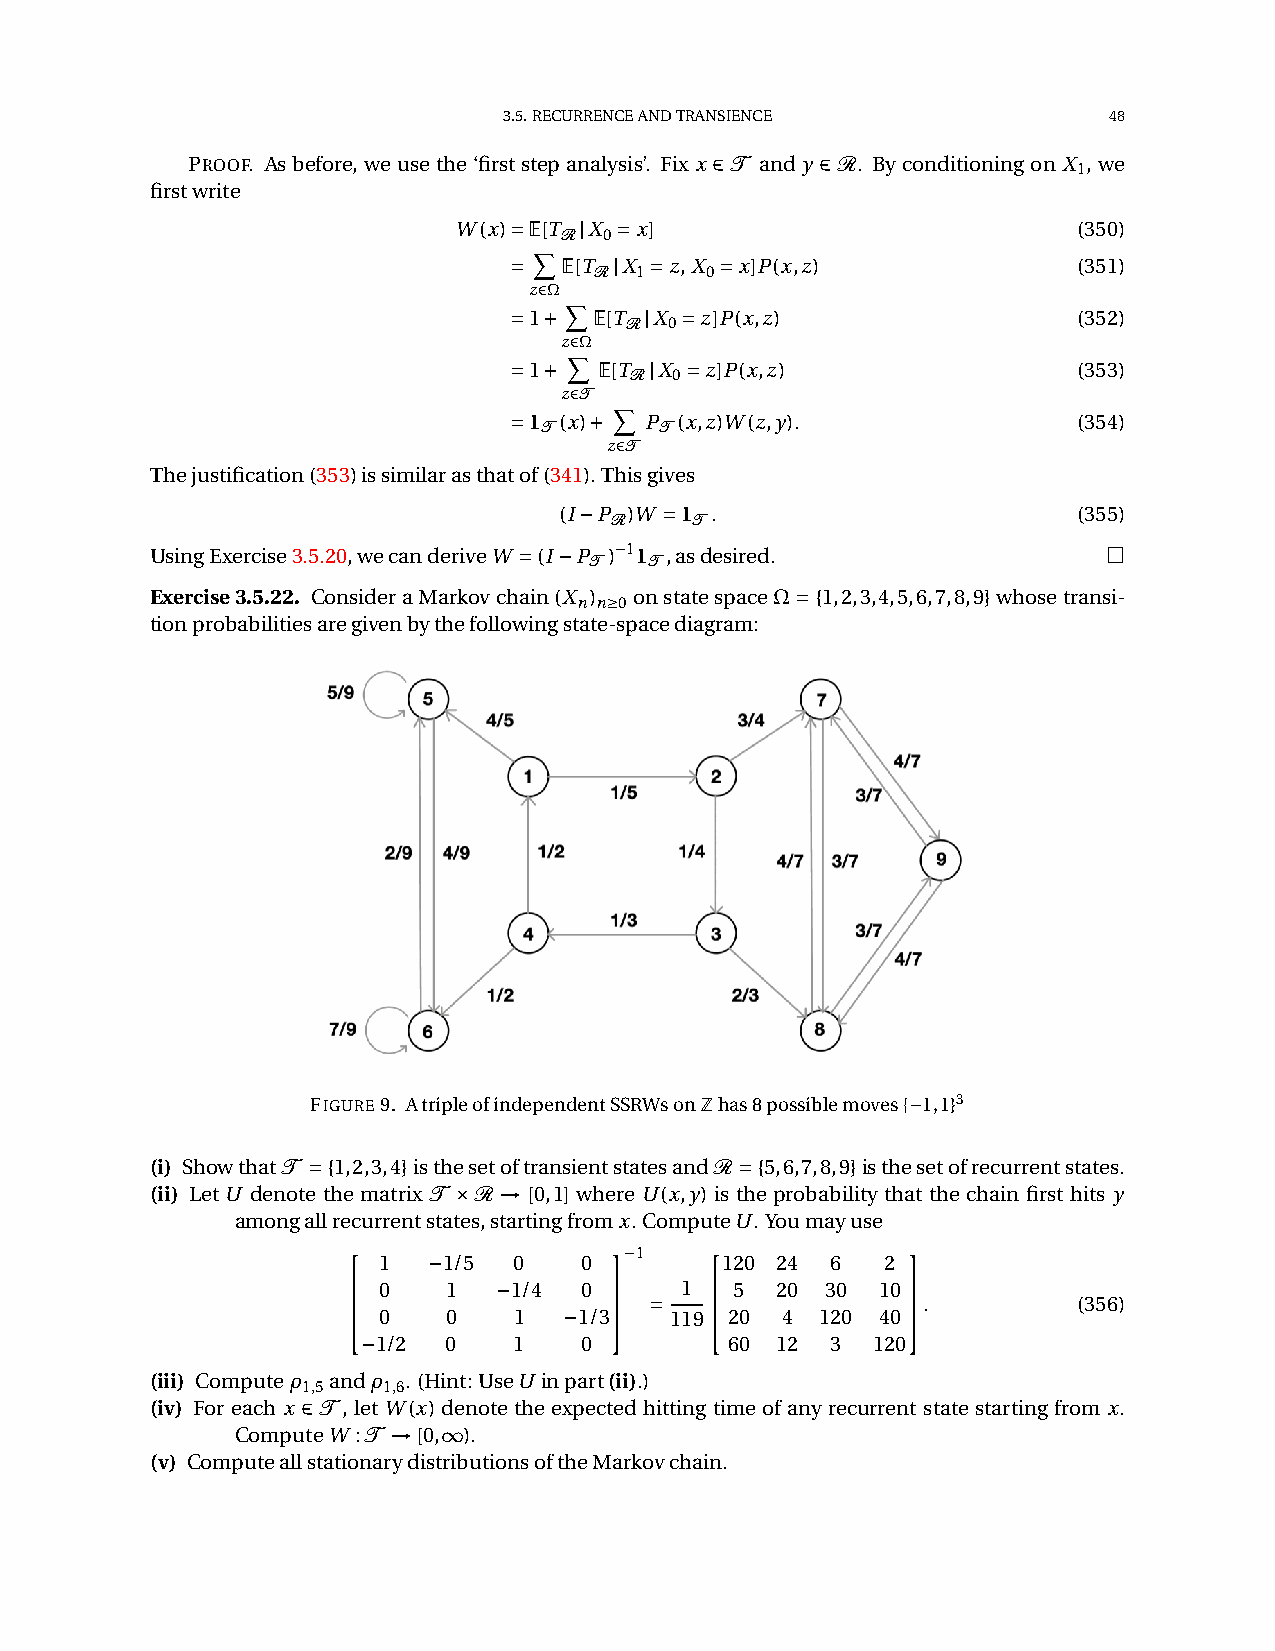
3.5.RECURRENCEANDTRANSIENCE             48
 PROOF. Asbefore, weusethe‘firststepanalysis’. Fix x 2T and y 2R. Byconditioningon X 1, we
 firstwrite
 W(x)˘E X[TRjX 0˘x]                       (350)
 ˘  E[TRjX 1˘z,X 0˘x]P(x,z)           (351)
 z2ΩX
 ˘1¯  E[TRjX 0˘z]P(x,z)               (352)
 zX2Ω
 ˘1¯   E[TRjX 0˘z]P(x,z)              (353)
 z2T X
 ˘1T(x)¯  PT(x,z)W(z,y).              (354)
 z2T
 Thejustification(353)issimilarasthatof(341).Thisgives
 (I¡PR)W ˘1T.                      (355)
 UsingExercise3.5.20,wecanderiveW
 ˘(I¡PT)¡11T,asdesired.                 □
 Exercise3.5.22. ConsideraMarkovchain(X n) n‚0 onstatespaceΩ˘{1,2,3,4,5,6,7,8,9}whosetransi-
 tionprobabilitiesaregivenbythefollowingstate-spacediagram:
 FIGURE9. AtripleofindependentSSRWsonZhas8possiblemoves{¡1,1}3
 (i) ShowthatT ˘{1,2,3,4}isthesetoftransientstatesandR˘{5,6,7,8,9}isthesetofrecurrentstates.
 (ii) LetU denote the matrix T £R ![0,1] whereU(x,y) is the probability that the chain first hits y
 amongallrecurrentstates,startingfromx.ComputeU.Youmayuse
 2                3      2            3
 1  ¡1/5  0   0
 ¡1
 120 24 6   2
 6 6 4 0
 0
 1
 0
 ¡1 1/4 ¡10 /37 7 5 ˘ 111 96 6 4 25
 0
 2 40 13 20
 0
 41 007 7 5.  (356)
 ¡1/2  0   1   0         60 12  3  120
 (iii) Computeρ andρ .(Hint:UseU inpart(ii).)
 1,5  1,6
 (iv) For each x 2T , letW(x) denote the expected hitting time of any recurrent state starting from x.
 ComputeW :T ![0,1).
 (v) ComputeallstationarydistributionsoftheMarkovchain.